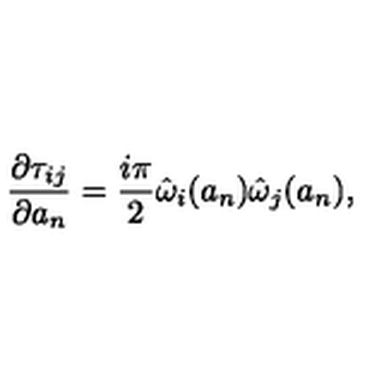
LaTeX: { \frac { \partial \tau _ { i j } } { \partial a _ { n } } } = { \frac { i \pi } { 2 } } \hat { \omega } _ { i } ( a _ { n } ) \hat { \omega } _ { j } ( a _ { n } ) ,